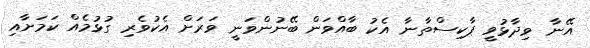
އޭނާ ވިދާޅުވީ ޕާކިސްތާނާ އެކު ބާއްވަން ބޭނުންވަނީ ވަރަށް އެކުވެރި ގުޅުމެއް ކަމަށާއި